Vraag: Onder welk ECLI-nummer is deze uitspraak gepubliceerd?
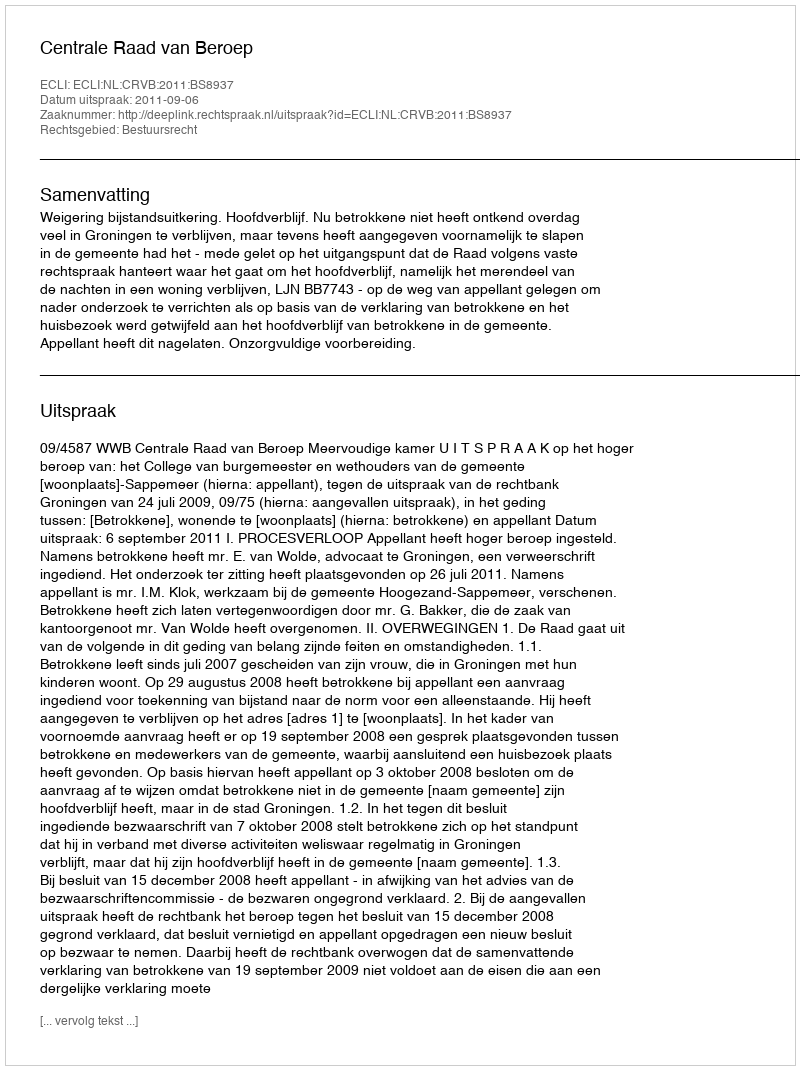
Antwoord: ECLI:NL:CRVB:2011:BS8937